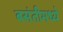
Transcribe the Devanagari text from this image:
बसंतीमध्ये